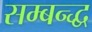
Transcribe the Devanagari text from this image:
सम्बन्द्ध